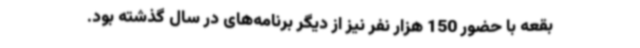
بقعه با حضور 150 هزار نفر نیز از دیگر برنامه‌های در سال گذشته بود.